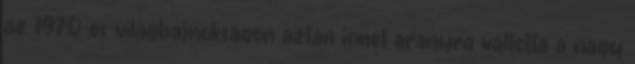
az 1970-es világbajnokságon aztán ismét aranyra váltotta a nagy